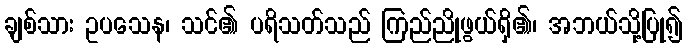
ချစ်သား ဥပသေန၊ သင်၏ ပရိသတ်သည် ကြည်ညိုဖွယ်ရှိ၏၊ အဘယ်သို့ပြု၍